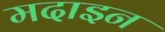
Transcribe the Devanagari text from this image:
मदाइन